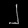
Digit: ၂